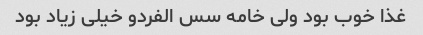
غذا خوب بود ولی خامه سس الفردو خیلی زیاد بود